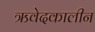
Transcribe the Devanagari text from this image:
ऋवेदकालीन